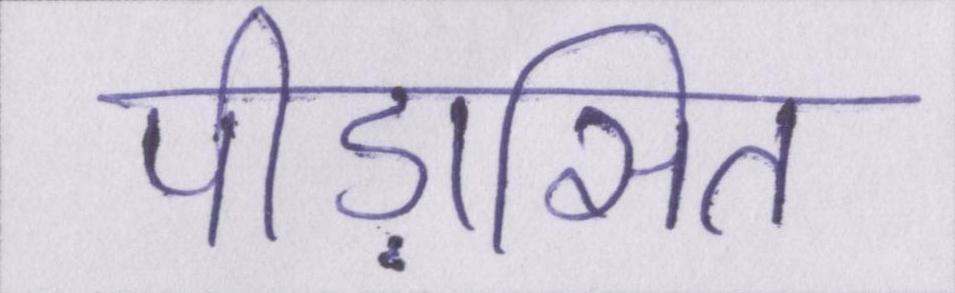
पीड़ासित